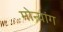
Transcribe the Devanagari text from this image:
मोन्यांग